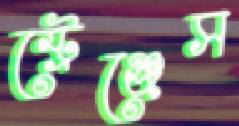
স্ট্রেঞ্জেস